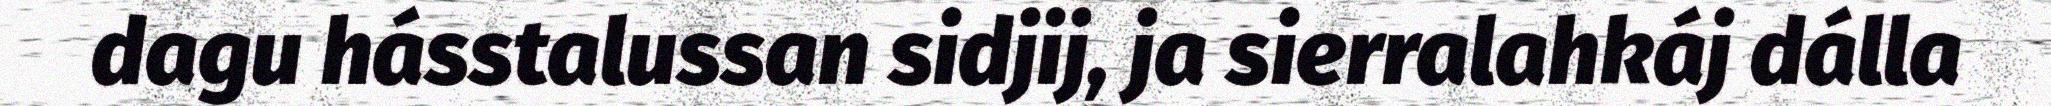
dagu hásstalussan sidjij, ja sierralahkáj dálla